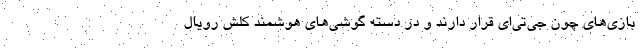
بازی‌های چون جی‌تی‌ای قرار دارند و در دسته گوشی‌های هوشمند کلش رویال